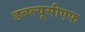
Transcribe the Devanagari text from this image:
डबल्यूसीएफ